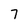
Character: 7